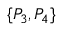
\{ P _ { 3 } , P _ { 4 } \}